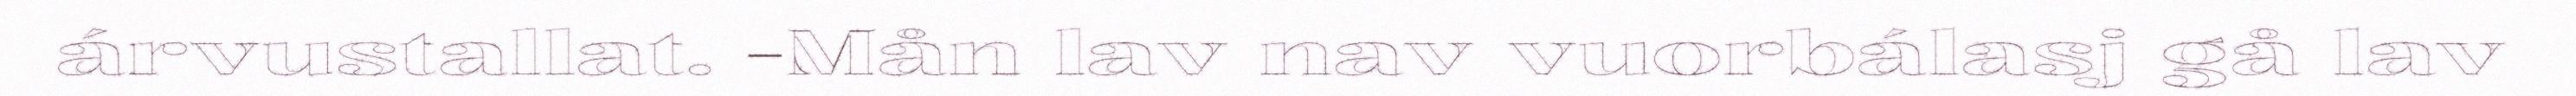
árvustallat. -Mån lav nav vuorbálasj gå lav